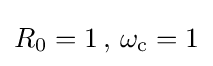
R_{0}=1\,,\,\omega _{\text{c}}=1